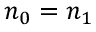
n _ { 0 } = n _ { 1 }